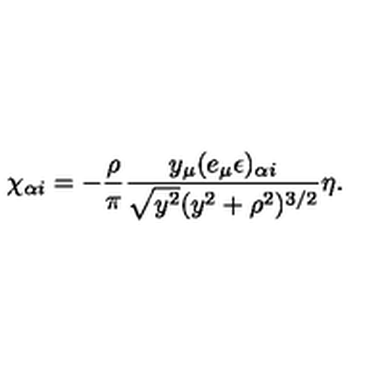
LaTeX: \chi _ { \alpha i } = - \frac { \rho } { \pi } \frac { y _ { \mu } ( e _ { \mu } \epsilon ) _ { \alpha i } } { \sqrt { y ^ { 2 } } ( y ^ { 2 } + \rho ^ { 2 } ) ^ { 3 / 2 } } \eta .